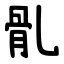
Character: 䯆